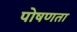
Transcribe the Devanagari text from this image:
पोषणता